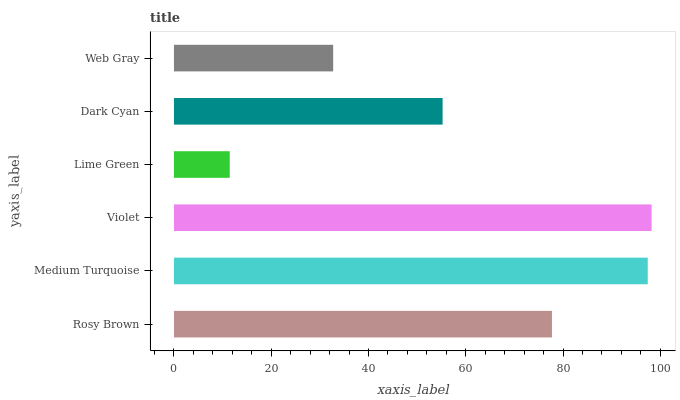
| yaxis_label | bars |
 | --- | --- |
 | Rosy Brown | 77.7 |
 | Medium Turquoise | 97.4 |
 | Violet | 98.2 |
 | Lime Green | 11.5 |
 | Dark Cyan | 55.2 |
 | Web Gray | 32.7 |